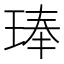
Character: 琫